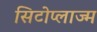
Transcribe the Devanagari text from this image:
सिटोप्लाज्म